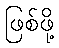
ဖြစ်ဖို့